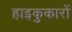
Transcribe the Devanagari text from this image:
हाइकुकारों